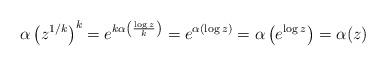
LaTeX: \begin{align*}\alpha\left( z^{1/k} \right)^k = e^{k\alpha\left(\frac{\log z}{k} \right)} = e^{\alpha\left(\log z \right)} = \alpha\left( e^{\log z} \right) = \alpha(z)\end{align*}